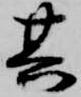
其